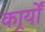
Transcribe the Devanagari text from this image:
कार्र्यों